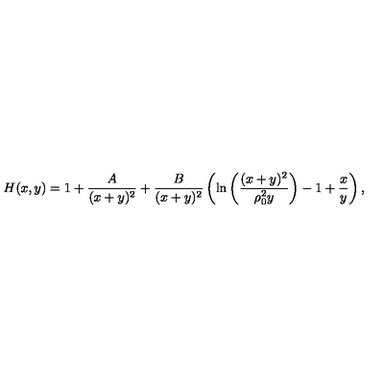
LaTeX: H ( x , y ) = 1 + { \frac { A } { ( x + y ) ^ { 2 } } } + { \frac { B } { ( x + y ) ^ { 2 } } } \left( \mathrm { l n } \left( { \frac { ( x + y ) ^ { 2 } } { \rho _ { 0 } ^ { 2 } y } } \right) - 1 + { \frac { x } { y } } \right) ,